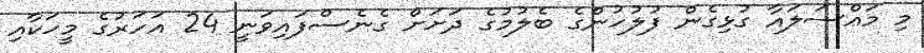
މި މައްސަލައާ ގުޅިގެން ފުލުހުންގެ ބެލުމުގެ ދަށަށް ގެނެސްފައިވަނީ 24 އަހަރުގެ މީހަކާއި